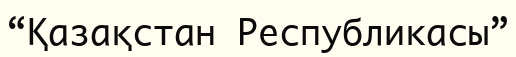
“Қазақстан Республикасы”